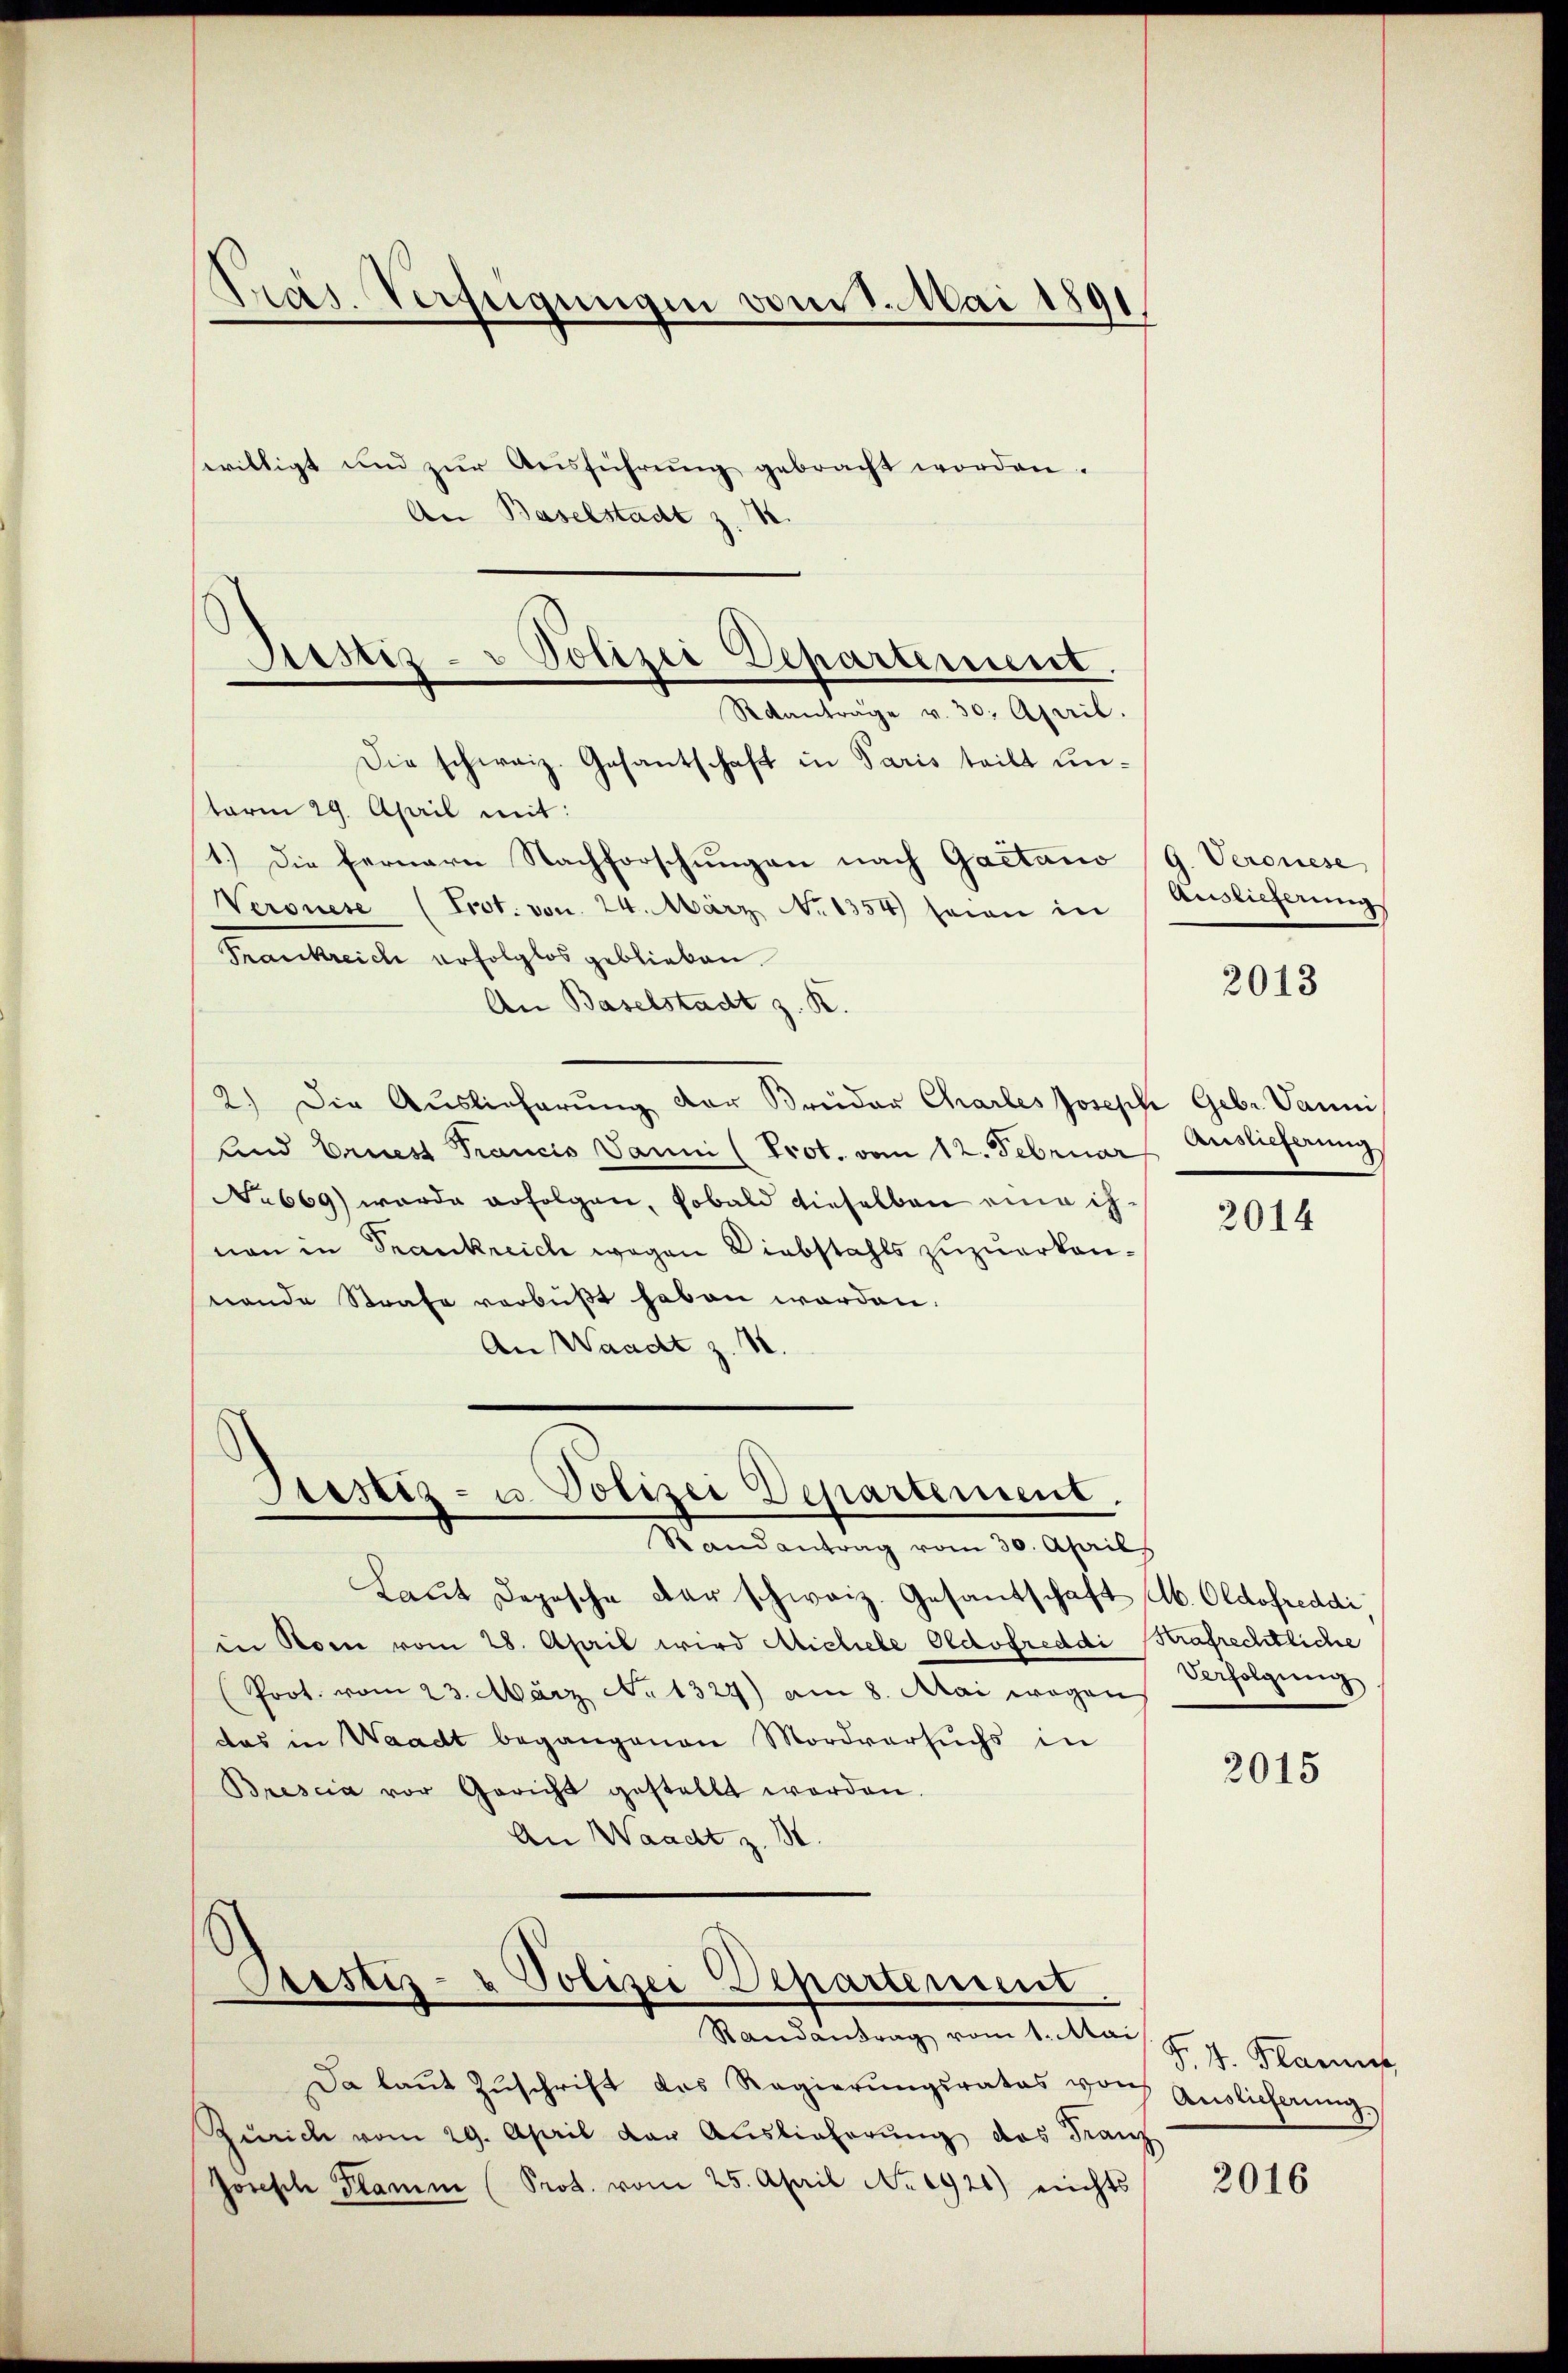
Präs. Verfügungen vom 1. Mai 1891

willigt und zŭr Aŭsführŭng gebracht worden.
Die schweiz. Gesantschaft in Paris teilt unterm 29. April mit:
1.) Die fernern Nachforschungen nach Gaetano
Weronese (Trot. von 24. März 1354 seien in
Frankreich erfolglos geblieben.
An Baselstadt z. R.
2.) Die Auslieferung der Brüder Chartes Joseph Gebr. Vanni
Und Driest Trancis Vanni (Prot. vom 12. Februar Auslieferung
No 669) wurde erfolgen, sobald dieselben eine ihnon in Frankreich wegen Diebstahls zuzuerkannende Strafe verbüßt haben worden.
An Waadt z. B.

An Baselstadt z. B.
Justiz- & Polizei Departement.
Reanträge v. 30. April.

Stesetz- u. Polizei Departement.
Randantrag vom 30. April

Justiz- & Polizei Departement

Randantrag vom 1. Mai

Laut Depesche der schweiz. Gesantschaft Ab. Oldofreddi,
in Rom vom 28. April wird Mieliebe Oldofreddi Strafrechtliche
(Prot. vom 23. März No. 1327) am 8. Mai wegen
das in Waadt begangenen Mordversuchs in
Brescia vor Gericht gestellt worden.
An Waadt z. B.

Da laŭt Zŭschrift das Regierŭngsrates vor Auslicherŭng,
Zürich vom 29. April der Auslieferung des Franz
Jorisch Plamm (Prot. vom 25. April No 1921) nichts

G. Veronese
Auslieferung

2013

2014

Verfolgung

2015

F. 4. Klarus,

2016